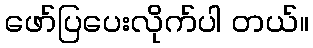
ဖော်ပြပေးလိုက်ပါ တယ်။